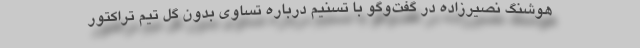
هوشنگ نصیرزاده در گفت‌و‌گو با تسنیم درباره تساوی بدون گل تیم تراکتور